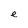
Character: e